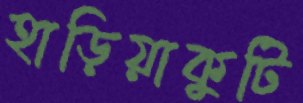
হাড়িয়াকুটি